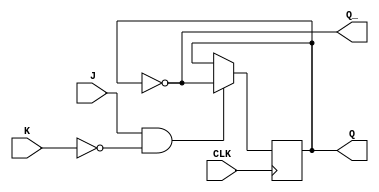
module jk_flipflop (
    input J,
    input K,
    input CLK,
    output reg Q,
    output reg Q_
);

always @(posedge CLK) begin
    if (J && !K) begin
        Q <= ~Q;
    end else if (J && K) begin
        // Do nothing
    end
end

assign Q_ = ~Q;

endmodule